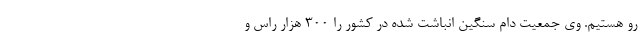
رو هستیم. وی جمعیت دام سنگین انباشت شده در کشور را 300 هزار راس و